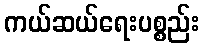
ကယ်ဆယ်ရေးပစ္စည်း